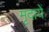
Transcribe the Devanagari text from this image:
मृदायें